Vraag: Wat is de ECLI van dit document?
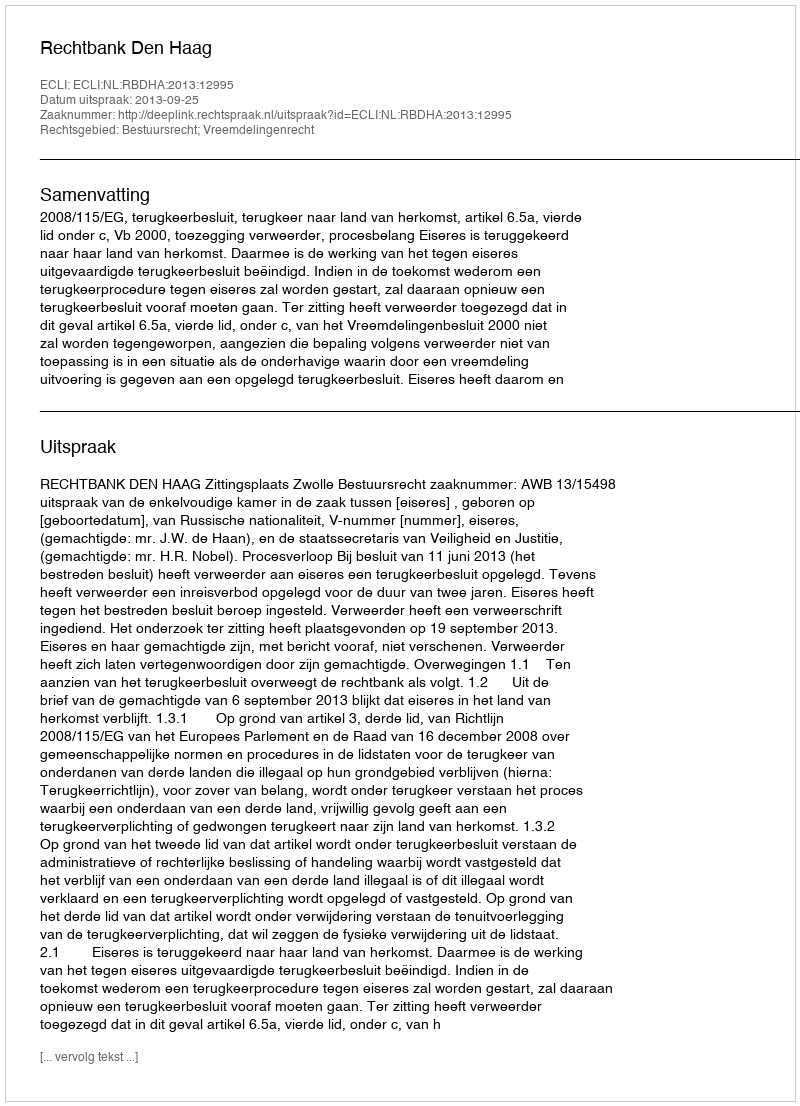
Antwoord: ECLI:NL:RBDHA:2013:12995